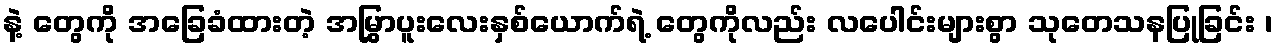
နဲ့ တွေကို အခြေခံထားတဲ့ အမြွှာပူးလေးနှစ်ယောက်ရဲ့ တွေကိုလည်း လပေါင်းများစွာ သုတေသနပြုခြင်း ၊